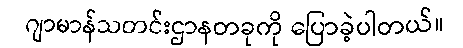
ဂျာမာန်သတင်းဌာနတခုကို ပြောခဲ့ပါတယ်။